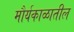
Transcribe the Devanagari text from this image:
मौर्यकाळातील